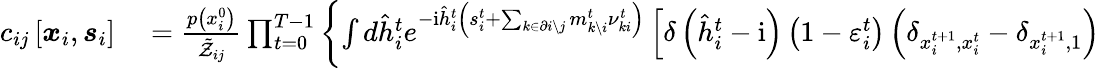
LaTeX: \begin{array}{rl}{c_{ij}\left[\boldsymbol{x}_{i},\boldsymbol{s}_{i}\right]}&{{}=\frac{p\left(x_{i}^{0}\right)}{\tilde{\mathcal{Z}}_{ij}}\prod_{t=0}^{T-1}\left\{ \int d\hat{h}_{i}^{t}e^{-\mathrm{i}\hat{h}_{i}^{t}\left(s_{i}^{t}+\sum_{k\in\partial i\setminus j}m_{k\setminus i}^{t}\nu_{ki}^{t}\right)}\left[\delta\left(\hat{h}_{i}^{t}-\mathrm{i}\right)\left(1-\varepsilon_{i}^{t}\right)\left(\delta_{x_{i}^{t+1},x_{i}^{t}}-\delta_{x_{i}^{t+1},1}\right)\right.\right.}\end{array}